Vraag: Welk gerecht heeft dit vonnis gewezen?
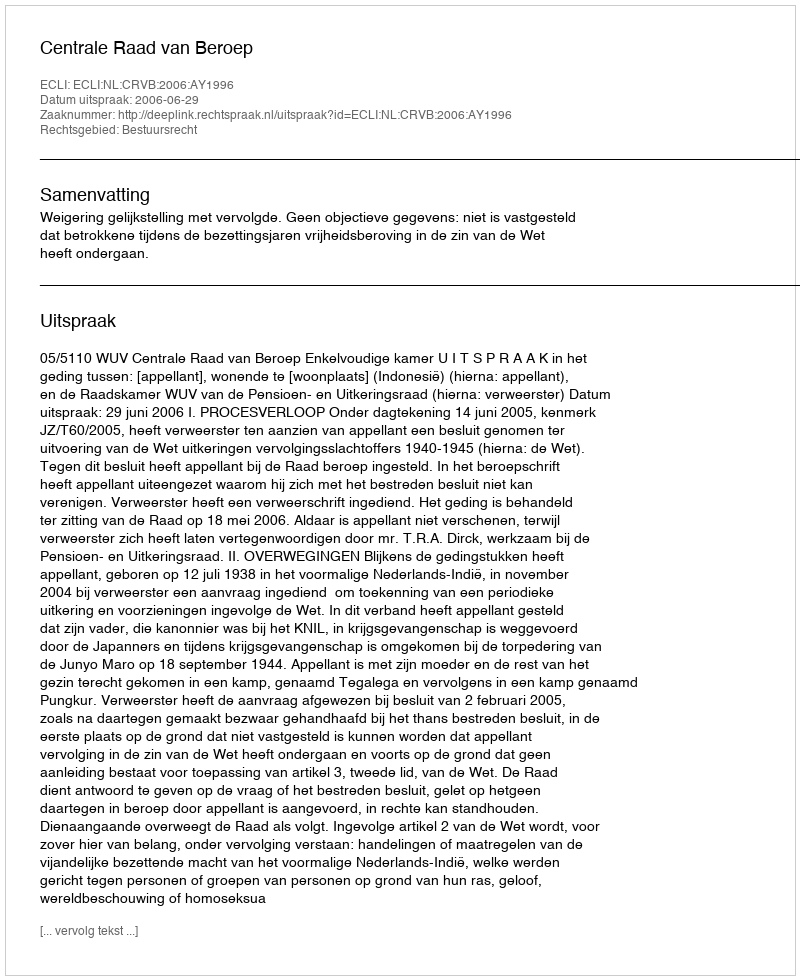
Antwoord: Centrale Raad van Beroep